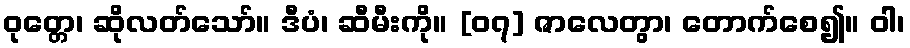
ဝုတ္တေ၊ ဆိုလတ်သော်။ ဒီပံ၊ ဆီမီးကို။ [၀၇] ဇာလေတွာ၊ တောက်စေ၍။ ဝါ၊